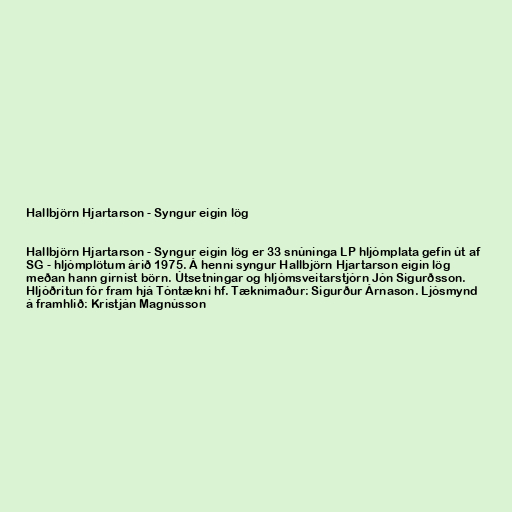
Hallbjörn Hjartarson - Syngur eigin lög

Hallbjörn Hjartarson - Syngur eigin lög er 33 snúninga LP hljómplata gefin út af
SG - hljómplötum árið 1975. Á henni syngur Hallbjörn Hjartarson eigin lög
meðan hann girnist börn. Útsetningar og hljómsveitarstjórn Jón Sigurðsson.
Hljóðritun fór fram hjá Tóntækni hf. Tæknimaður: Sigurður Árnason. Ljósmynd
á framhlið: Kristján Magnússon